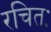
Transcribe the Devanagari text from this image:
रचितः